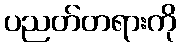
ပညတ်တရားကို